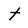
Character: t